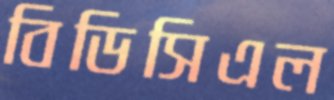
বিডিসিএল